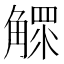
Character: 𧤩